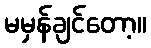
မမှန်ချင်တော့။